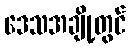
ဒေသအချို့တွင်